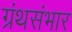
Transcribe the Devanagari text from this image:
ग्रंथसंभार